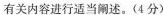
的有关内容进行适当阐述。(4分)